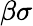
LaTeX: \beta\sigma